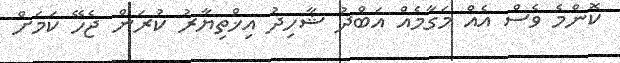
ކޮންމެ ވެސް އެއް މަގާމެއް އަބްދު ޝާހިދު އިޚްތިޔާރު ކުރަން ޖެހޭ ކަމަށް